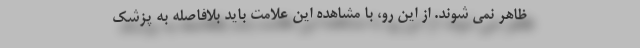
ظاهر نمی شوند. از این رو، با مشاهده این علامت باید بلافاصله به پزشک